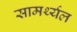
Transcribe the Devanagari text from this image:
सामर्थ्यल